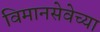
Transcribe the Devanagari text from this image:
विमानसेवेच्या